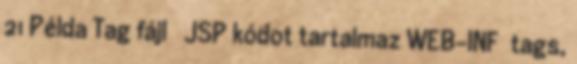
21 Példa Tag fájl  JSP kódot tartalmaz WEB-INF tags,